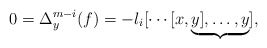
\begin{align*}0=\Delta_y^{m-i}(f)=-\l_i[\cdots[x,\underbrace{y],\ldots,y}_{}],\end{align*}